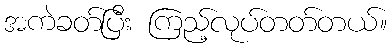
အကဲခတ်ပြီး ကြည့်လုပ်တတ်တယ်။